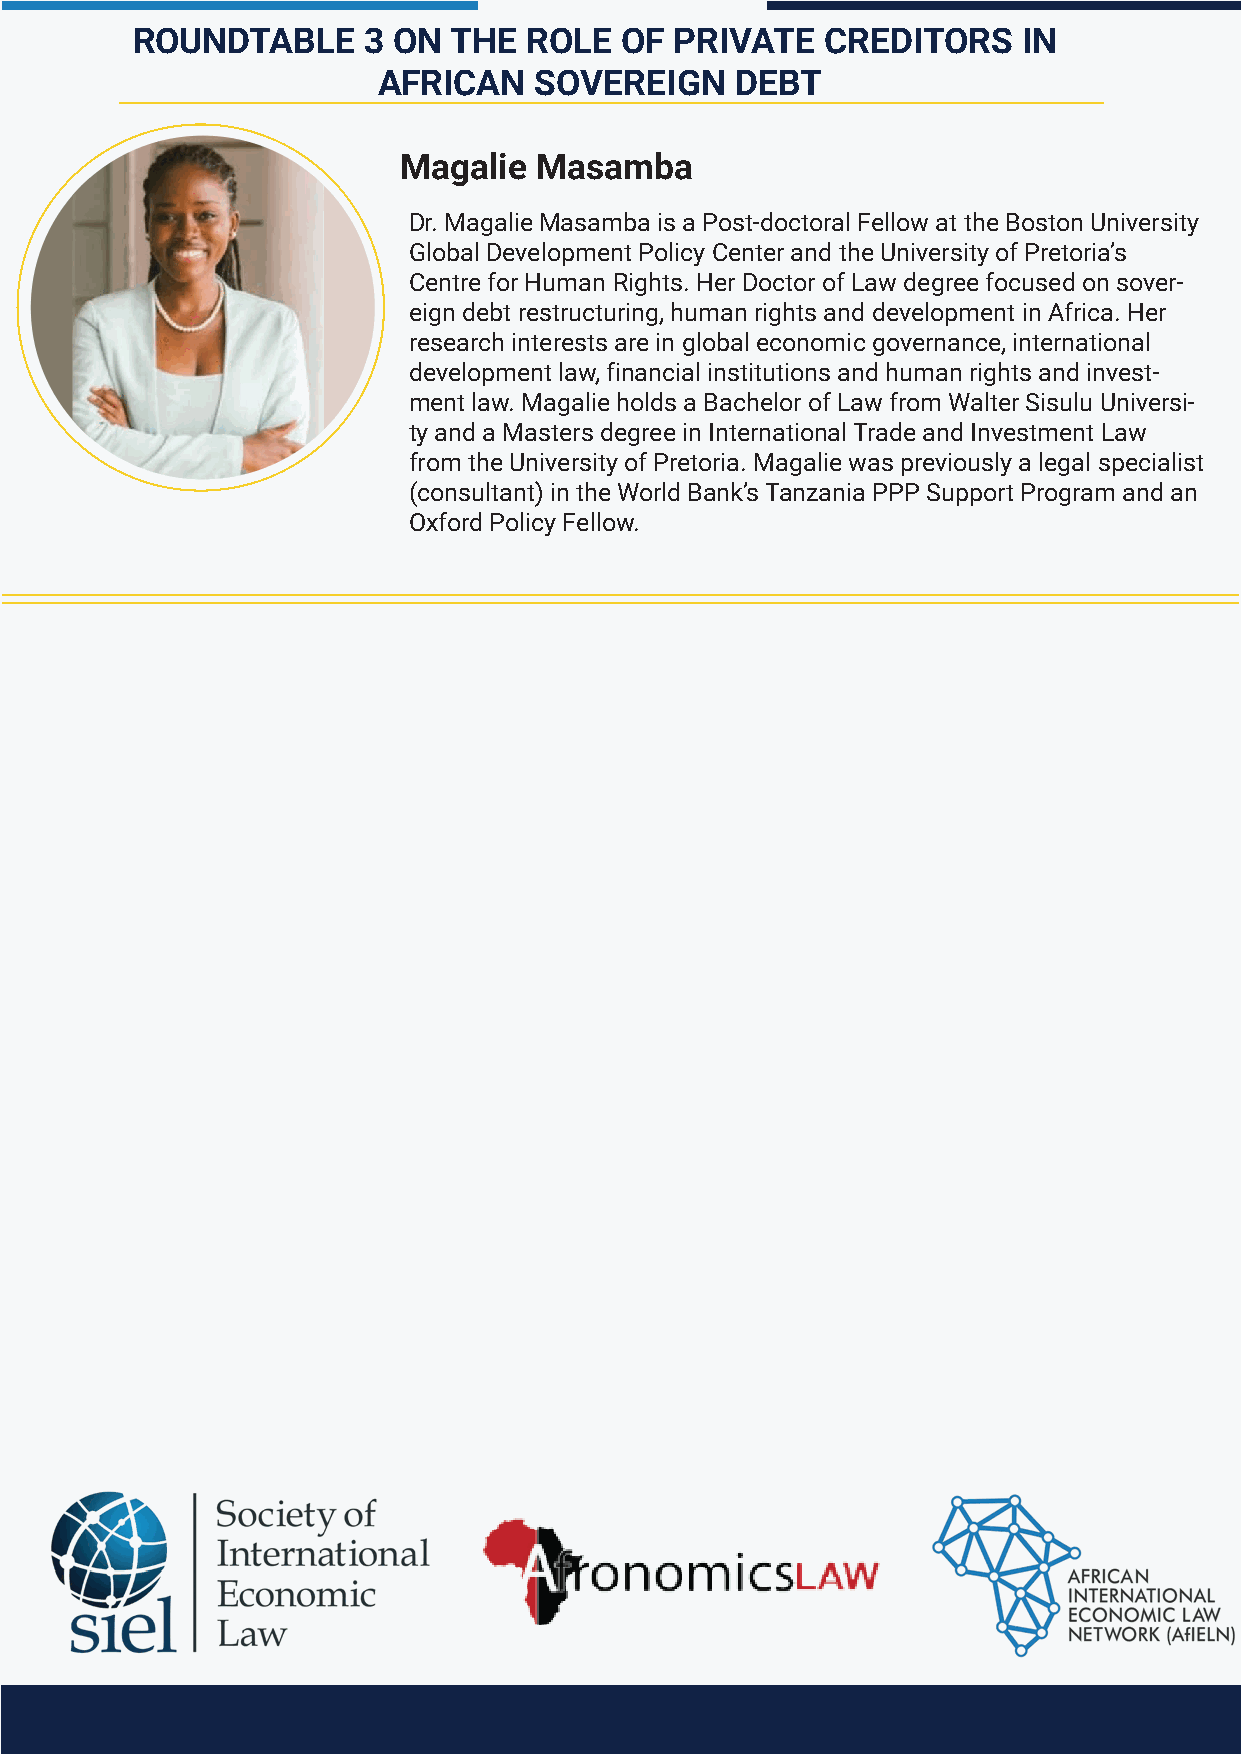
ROUNDTABLE     3 ON  THE  ROLE  OF  PRIVATE   CREDITORS    IN
 AFRICAN   SOVEREIGN     DEBT
 Magalie  Masamba
 Dr. Magalie Masamba is a Post-doctoral Fellow at the Boston University
 Global Development Policy Center and the University of Pretoria’s
 Centre for Human Rights. Her Doctor of Law degree focused on sover-
 eign debt restructuring, human rights and development in Africa. Her
 research interests are in global economic governance, international
 development law, financial institutions and human rights and invest-
 ment law. Magalie holds a Bachelor of Law from Walter Sisulu Universi-
 ty and a Masters degree in International Trade and Investment Law
 from the University of Pretoria. Magalie was previously a legal specialist
 (consultant) in the World Bank’s Tanzania PPP Support Program and an
 Oxford Policy Fellow.